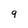
Character: 9